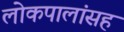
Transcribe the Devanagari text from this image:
लोकपालांसह